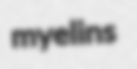
myelins